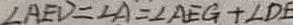
\angle A E D = \angle A = \angle A E G + \angle D